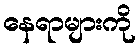
နေရာများကို